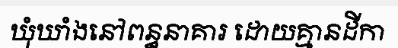
ឃុំឃាំងនៅពន្ធនាគារ ដោយគ្មានដីកា